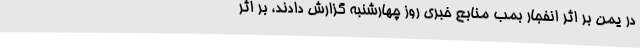
در یمن بر اثر انفجار بمب منابع خبری روز چهارشنبه گزارش دادند، بر اثر